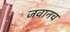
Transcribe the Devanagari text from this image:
जवानच